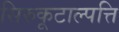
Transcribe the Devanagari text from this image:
सिरुकूटाल्पत्ति